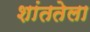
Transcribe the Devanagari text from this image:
शांततेला